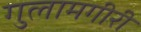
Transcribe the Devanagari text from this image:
गुलामगीरी